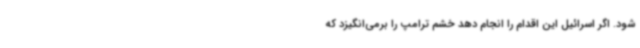
شود. اگر اسرائیل این اقدام را انجام دهد خشم ترامپ را برمی‌انگیزد که